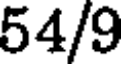
54/9